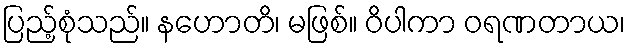
ပြည့်စုံသည်။ နဟောတိ၊ မဖြစ်။ ဝိပါကာ ဝရဏတာယ၊